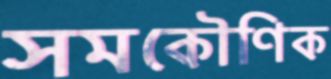
সমকৌণিক